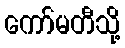
ကော်မတီသို့